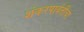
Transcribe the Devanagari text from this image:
शंकरपार्वतींचा